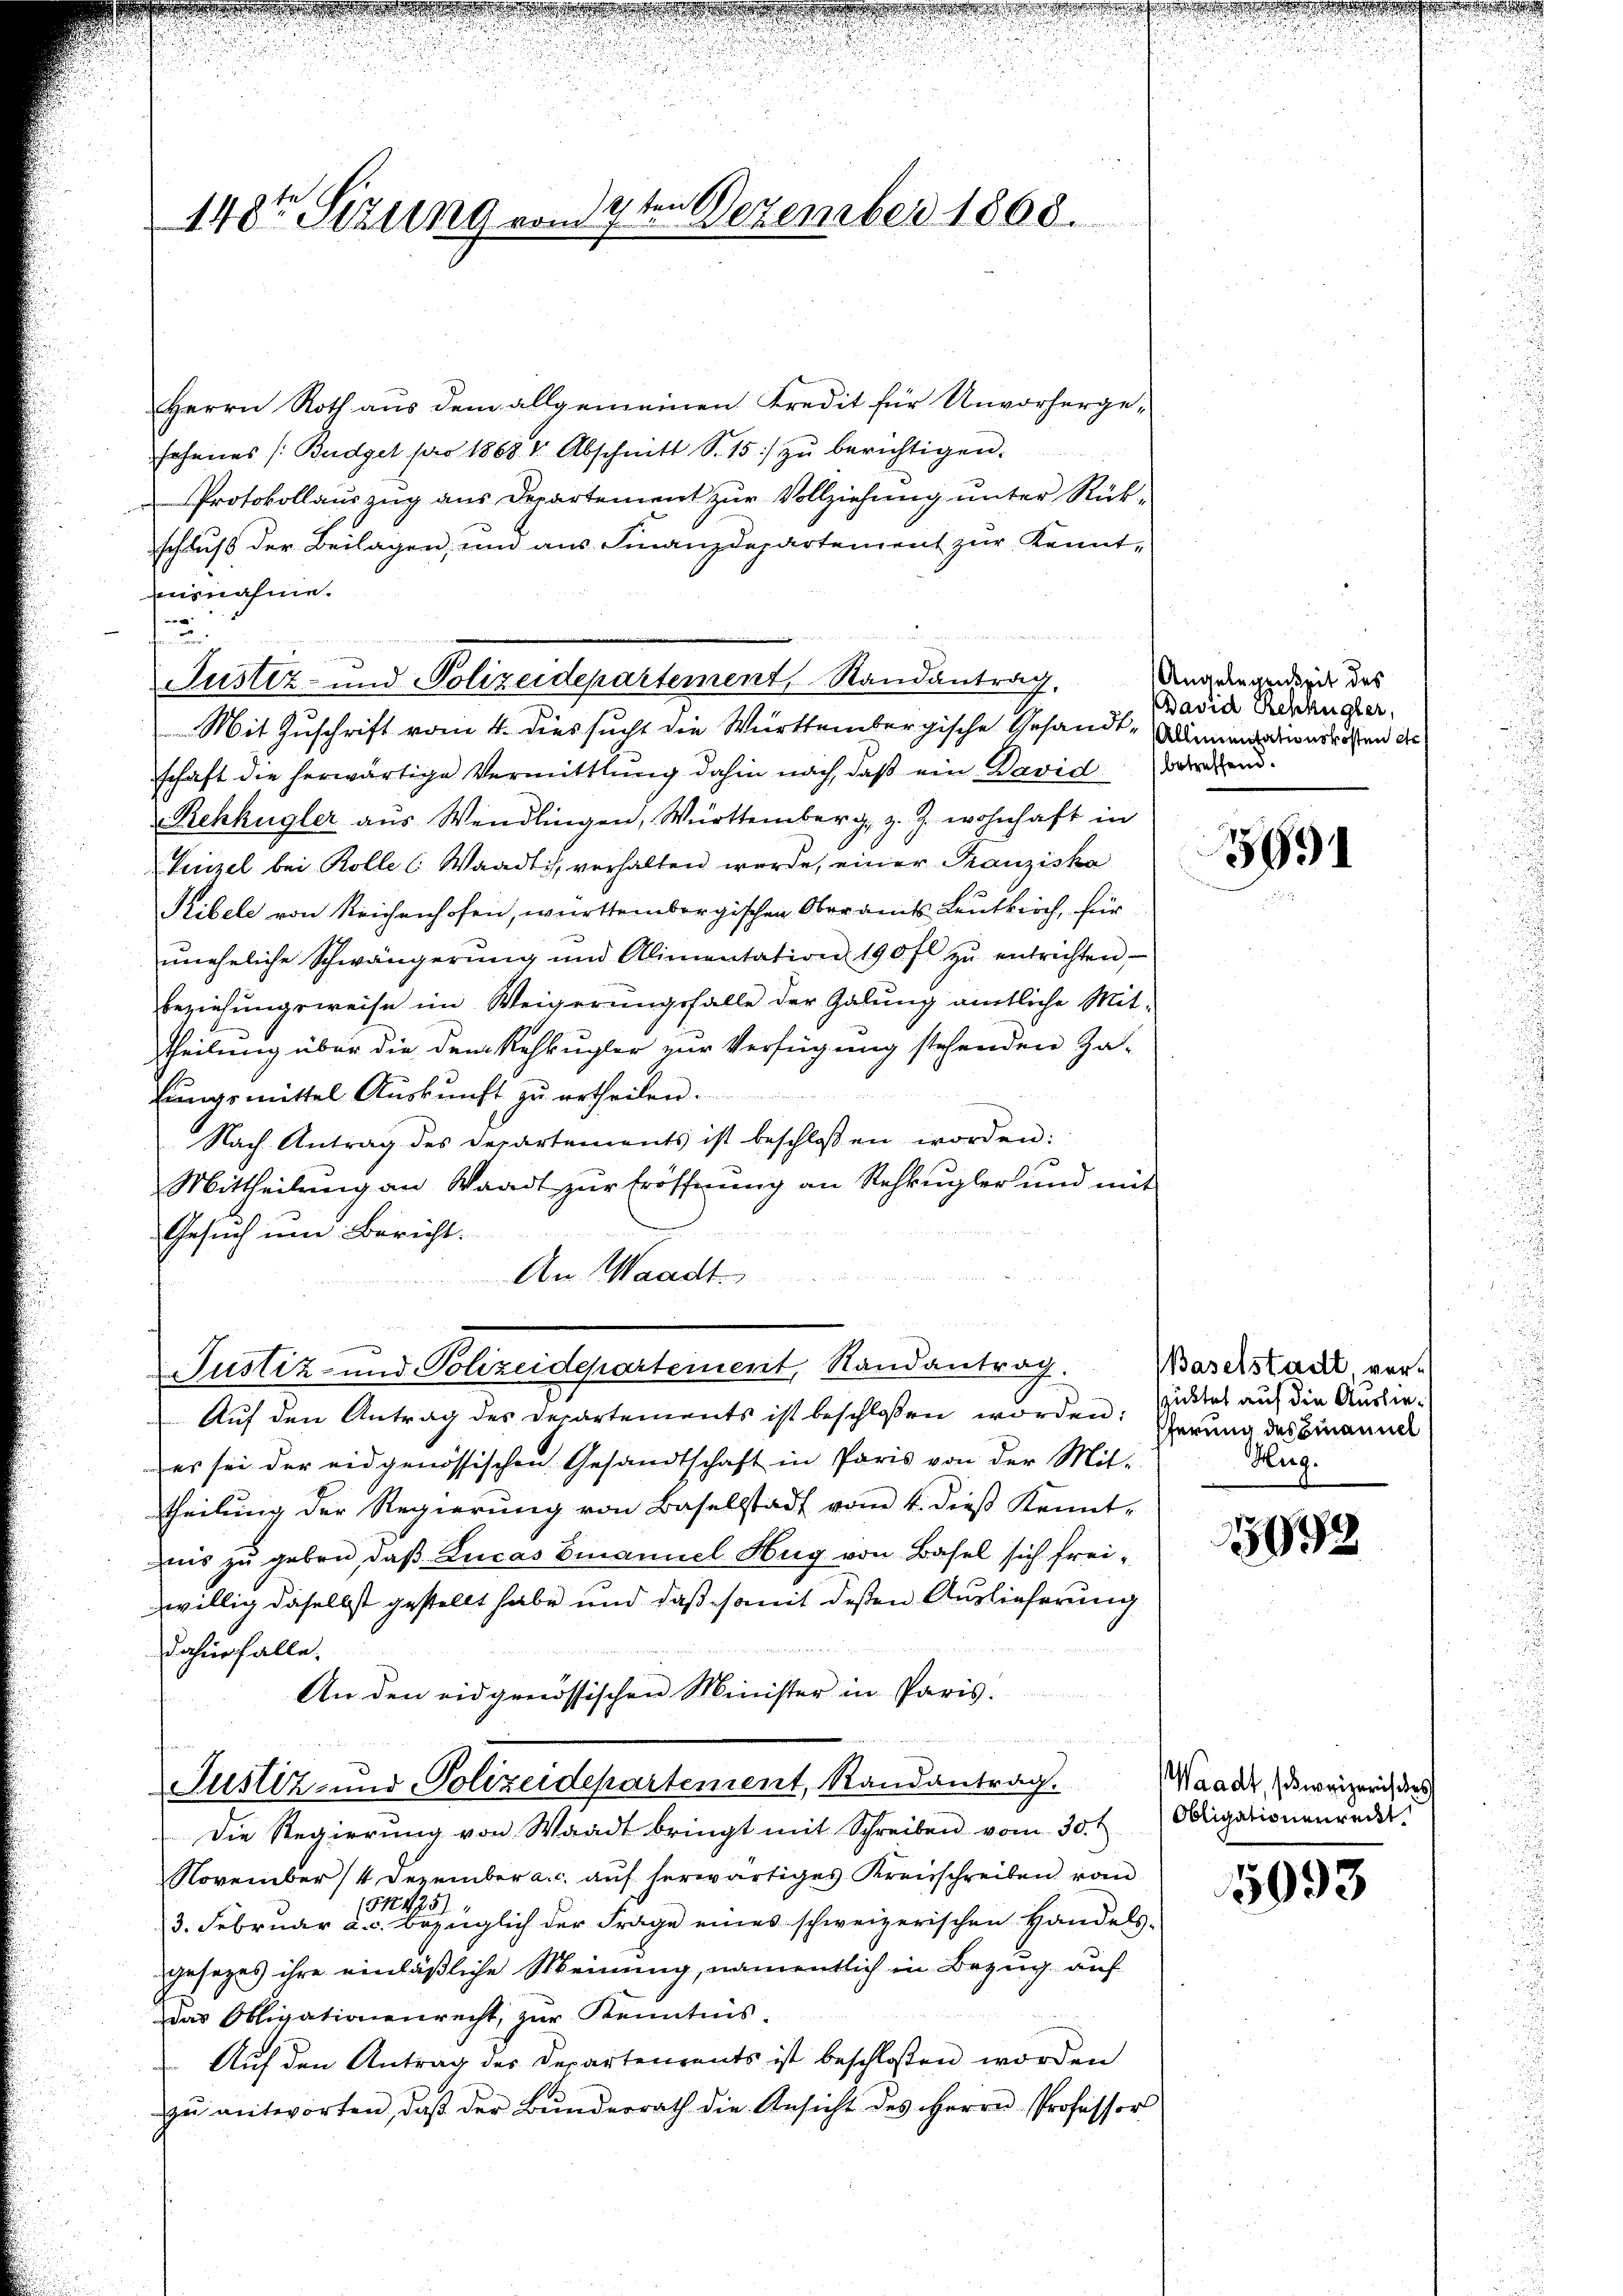
im Dezember 1808.
148ten Sizung vom 1sten

Herrn Roth aus dem allgemeinen Kredit für Unvorhergesehenes /: Budget pro 1868 Abschnitt S. 15) zŭ berichtigen.
Protokollauszug aus Departement zur Vollziehung unter Rückschluß der Beilagen, und aus Finanzdepartement zur Kennt-
vernahme.
u
Mit Zuschrift vom 4. dies sucht die Württembergische Gesandt-Adminicationsrathen der
schaft die herwärtige Vermittlung dahin nach, daß ein David werdend.
Rehkügler aus Wendlingen, Württemberg, z. Z. wohnhaft in
Vinzel bei Kolle ( Waadt, verhalten wurde, einer Franziska
Stibele von Reichenhofen, württembergischen Oberamts Leutkirch, für
ŭneheliche Schwängerŭng und Alimentation 190 fl zŭ entrichten
beziehungsweise im Weigerungsfalle der Galung amtliche Mit-
theilung über die dem Rehbugler zur Verfügung stehenden Zal-
hungsmittel Auskunft zu ertheilen.
Nach Antrag des Departements ist beschlossen worden:
e
Mittheilŭng an Waadt zŭr Eröffnŭng an Rehbŭgler und mit
Gesuch um Bericht.
An Waadt
Justiz- und Polizeidepartement, Randantrag.
Auf den Antrag des Departements ist beschlossen worden:
es sei der eidgenössischen Gesandtschaft in Paris von der Mit-
theilung der Regierung von Baselstadt vom 4. dieß Kennt-
nis zu geben, daß Lucas Emanuel Hug von Basel sich freiwillig daselbst gestellt habe und daß somit dessen Auslieferung
dahierfalle.
An den eidgenössischen Minister in Paris.
Justiz- und Polizeidepartement, Randantrag.
Die Regierŭng von Waadt bringt mit Schreiben vom 30.
November 14 Dezember a. c. auf herwärtiges Kreisschreiben vom
151425)
3. Februar a.c. bezüglich der Frage eines schweizerischen Handels-
gesezes ihre einläßliche Meinung, namentlich in Bezug auf
das Obligationenrecht, zur Kenntnis.
 Auf den Antrag des Departements ist beschloßen worden
zŭ antworten, daβ der Bŭndesrath die Ansicht des Herrn Professor

Justiz- und Polizeidepartement, Randantrag.

Angelegenseit des
David Zehkügler,

3694

Baselstadt, ver-
spüttel auf die Auslieferung des Finanuel
Hug.

998

Waadt, schweizerisches
Obligationenreckt.

5993